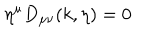
\eta ^ { \mu } D _ { \mu \nu } ( k , \eta ) = 0 \